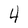
Character: 4